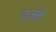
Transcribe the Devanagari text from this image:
हज्जे